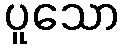
ပူသော